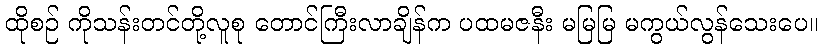
ထိုစဉ် ကိုသန်းတင်တို့လူစု တောင်ကြီးလာချိန်က ပထမဇနီး မမြမြ မကွယ်လွန်သေးပေ။